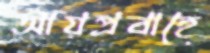
আয়প্রবাহে